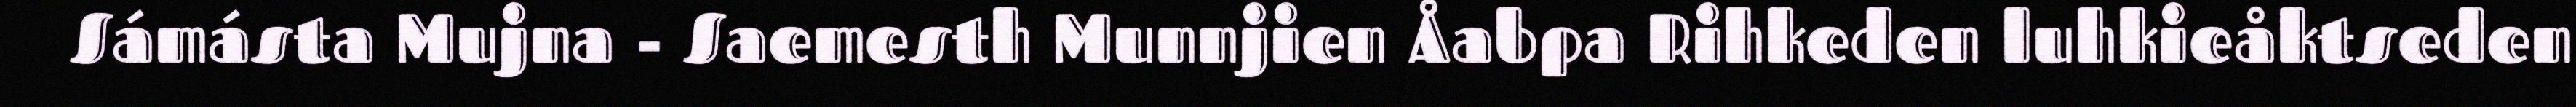
Sámásta Mujna - Saemesth Munnjien Åabpa Rihkeden luhkieåktseden